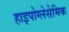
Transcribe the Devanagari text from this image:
हाइपोग्लेसेमिक